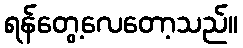
ရန်တွေ့လေတော့သည်။